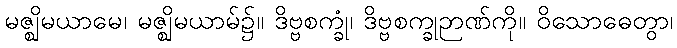
မဇ္ဈိမယာမေ၊ မဇ္ဈိမယာမ်၌။ ဒိဗ္ဗစက္ခုံ၊ ဒိဗ္ဗစက္ခုဉာဏ်ကို။ ဝိသောဓေတွာ၊